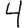
Digit: 4